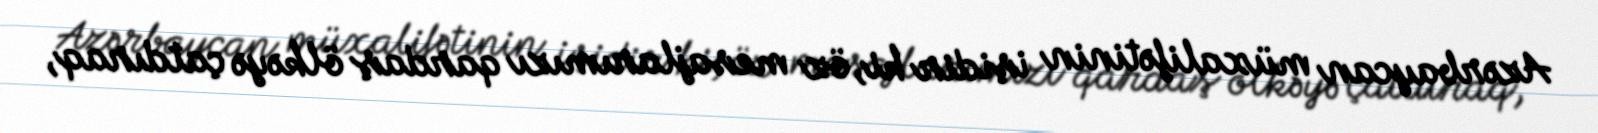
Azərbaycan müxalifətinin işidir ki, öz mesajlarımızı qardaş ölkəyə çatdıraq,